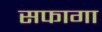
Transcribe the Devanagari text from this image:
सफागा